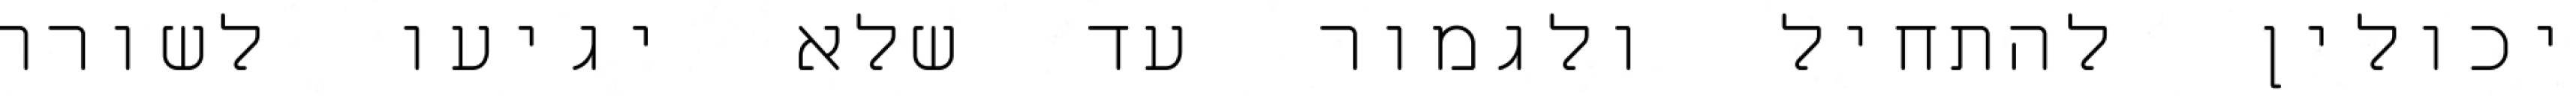
יכולין להתחיל ולגמור עד שלא יגיעו לשורה